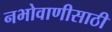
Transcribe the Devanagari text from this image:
नभोवाणीसाठी